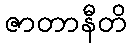
ဇာတာနီတိ